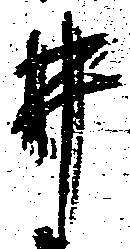
井